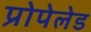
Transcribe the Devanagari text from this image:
प्रोपेलेड